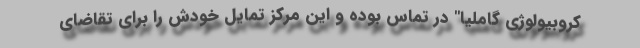
کروبیولوژی گاملیا" در تماس بوده و این مرکز تمایل خودش را برای تقاضای